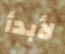
لأبدأ